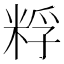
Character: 粰